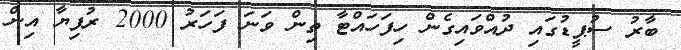
ބާރު ސުޕީޑުގައި ދުއްވައިގެން ހިފަހައްޓާ ތިން ވަނަ ފަހަރު 2000 ރުފިޔާ އިން